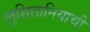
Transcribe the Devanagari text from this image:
लुसितानियाची